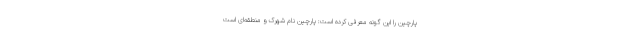
پارچین را این گونه معرفی کرده است: پارچین نام شهرک و منطقه‌ای است